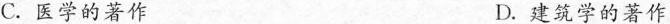
C.医学的著作 D.建筑学的著作